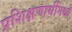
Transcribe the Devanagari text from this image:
प्रशिक्षणार्थीमध्ये